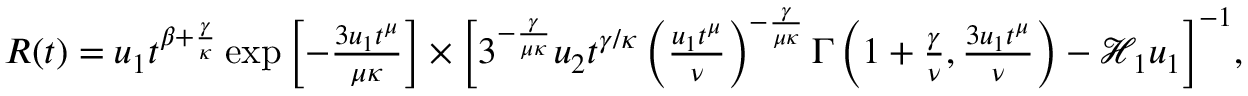
\begin{array} { r } { R ( t ) = u _ { 1 } t ^ { \beta + \frac { \gamma } { \kappa } } \exp \left[ - \frac { 3 u _ { 1 } t ^ { \mu } } { \mu \kappa } \right] \times \bigg [ 3 ^ { - \frac { \gamma } { \mu \kappa } } u _ { 2 } t ^ { \gamma / \kappa } \left( \frac { u _ { 1 } t ^ { \mu } } { \nu } \right) ^ { - \frac { \gamma } { \mu \kappa } } \Gamma \left( 1 + \frac { \gamma } { \nu } , \frac { 3 u _ { 1 } t ^ { \mu } } { \nu } \right) - \mathcal { H } _ { 1 } u _ { 1 } \bigg ] ^ { - 1 } , } \end{array}